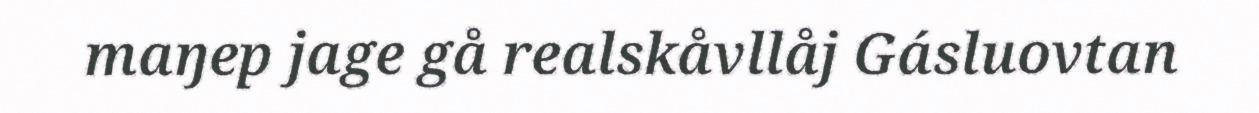
maŋep jage gå realskåvllåj Gásluovtan